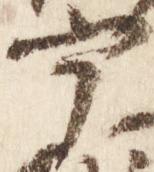
宰